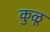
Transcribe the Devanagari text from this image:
कुळू